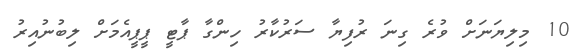
10 މިލިޔަނަށް ވުރެ ގިނަ ރުފިޔާ ސަރުކާރު ހިންގާ ޕާޓީ ޕީޕީއެމަށް ލިބުނުއިރު